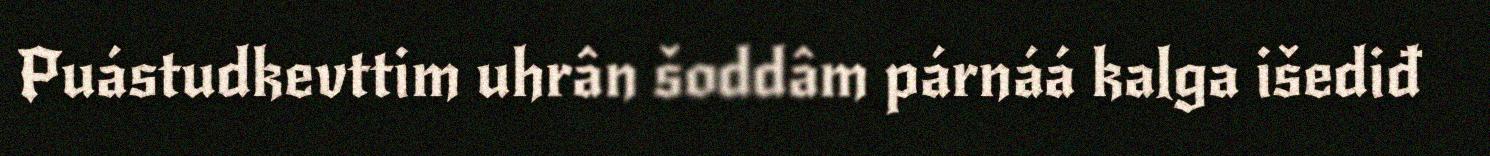
Puástudkevttim uhrân šoddâm párnáá kalga išediđ